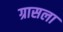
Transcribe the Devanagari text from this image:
ग्रासला